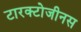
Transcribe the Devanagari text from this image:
टारक्टोजीनस